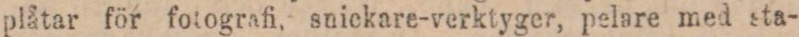
plåtar för fotografi, snickare-verktyger, pelare med sta-